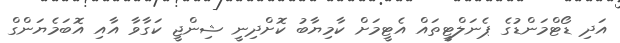
އަދި ޑޯޓްމަންޑުގެ ޕެނަލްޓީތައް އެޓީމަށް ކާމިޔާބު ކޮށްދިނީ ޝިންޖީ ކަގާވާ އާއި އޮބަމެޔަންގް